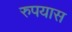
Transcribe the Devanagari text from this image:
रुपयास